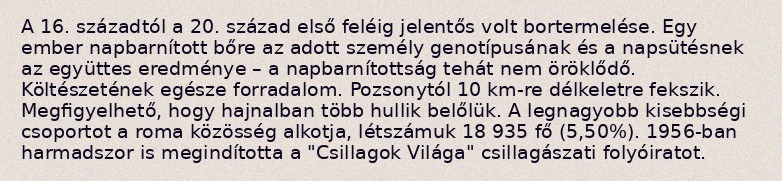
A 16. századtól a 20. század első feléig jelentős volt bortermelése. Egy ember napbarnított bőre az adott személy genotípusának és a napsütésnek az együttes eredménye – a napbarnítottság tehát nem öröklődő. Költészetének egésze forradalom. Pozsonytól 10 km-re délkeletre fekszik. Megfigyelhető, hogy hajnalban több hullik belőlük. A legnagyobb kisebbségi csoportot a roma közösség alkotja, létszámuk 18 935 fő (5,50%). 1956-ban harmadszor is megindította a "Csillagok Világa" csillagászati folyóiratot.